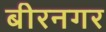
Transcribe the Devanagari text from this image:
बीरनगर